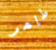
طاهر